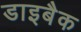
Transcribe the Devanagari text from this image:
डाइबैक